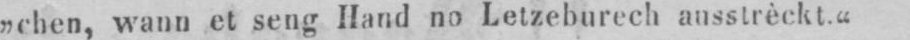
„chen, wann et seng Hand no Letzeburech ausstrèckt.“